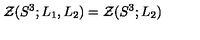
{ \cal Z } ( S ^ { 3 } ; L _ { 1 } , L _ { 2 } ) = { \cal Z } ( S ^ { 3 } ; L _ { 2 } )